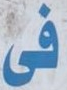
فى